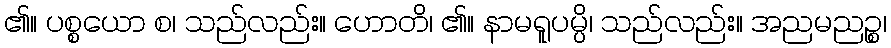
၏။ ပစ္စယော စ၊ သည်လည်း။ ဟောတိ၊ ၏။ နာမရူပမ္ပိ၊ သည်လည်း။ အညမညဉ္စ၊